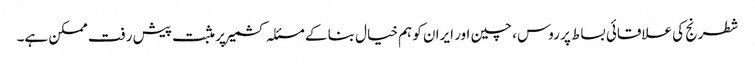
شطرنج کی علاقائی بساط پر روس ، چین اور ایران کو ہم خیال بنا کے مسئلہ کشمیر پر مثبت پیش رفت ممکن ہے۔